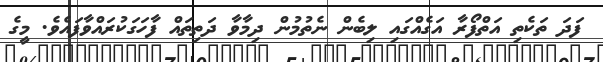
ފަދަ ތަކެތި އަތްފޯރާ އަގެއްގައި ލިބެން ނެތުމުން ދިމާވާ ދަތިތައް ފާހަގަކުރައްވާފައެވެ. މީގެ